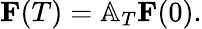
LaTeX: \begin{array}{r}{\mathbf{F}(T)=\mathbb{A}_{T}\mathbf{F}(0).}\end{array}